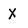
Character: X